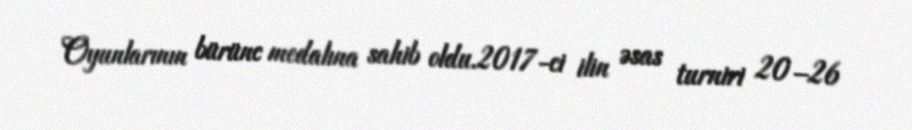
Oyunlarının bürünc medalına sahib oldu.2017-ci ilin əsas turniri 20–26